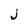
Character: J